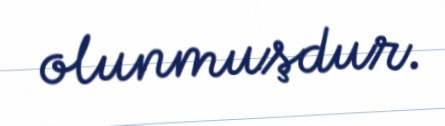
olunmuşdur.